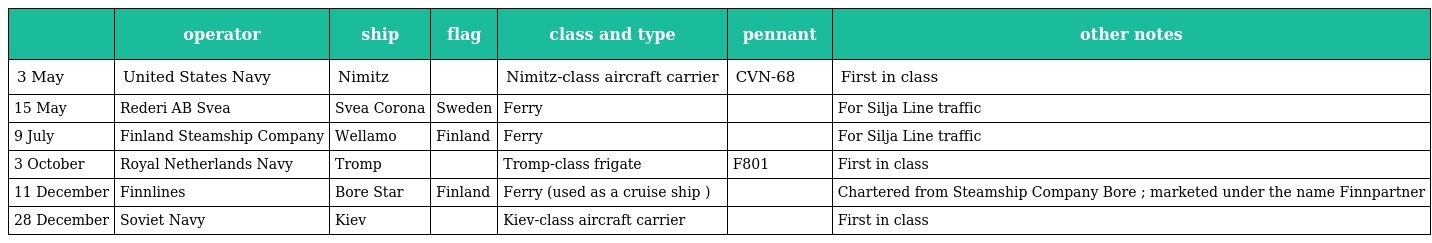
|  | operator | ship | flag | class and type | pennant | other notes |
 | --- | --- | --- | --- | --- | --- | --- |
 | 3 May | United States Navy | Nimitz |  | Nimitz-class aircraft carrier | CVN-68 | First in class |
 | 15 May | Rederi AB Svea | Svea Corona | Sweden | Ferry |  | For Silja Line traffic |
 | 9 July | Finland Steamship Company | Wellamo | Finland | Ferry |  | For Silja Line traffic |
 | 3 October | Royal Netherlands Navy | Tromp |  | Tromp-class frigate | F801 | First in class |
 | 11 December | Finnlines | Bore Star | Finland | Ferry (used as a cruise ship ) |  | Chartered from Steamship Company Bore ; marketed under the name Finnpartner |
 | 28 December | Soviet Navy | Kiev |  | Kiev-class aircraft carrier |  | First in class |